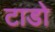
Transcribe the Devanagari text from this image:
टाडो